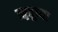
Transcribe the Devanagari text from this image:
ॠतूच्या